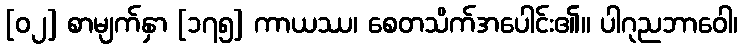
[၀၂] စာမျက်နှာ [၁၇၅] ကာယဿ၊ စေတသိက်အပေါင်း၏။ ပါဂုညဘာဝေါ၊